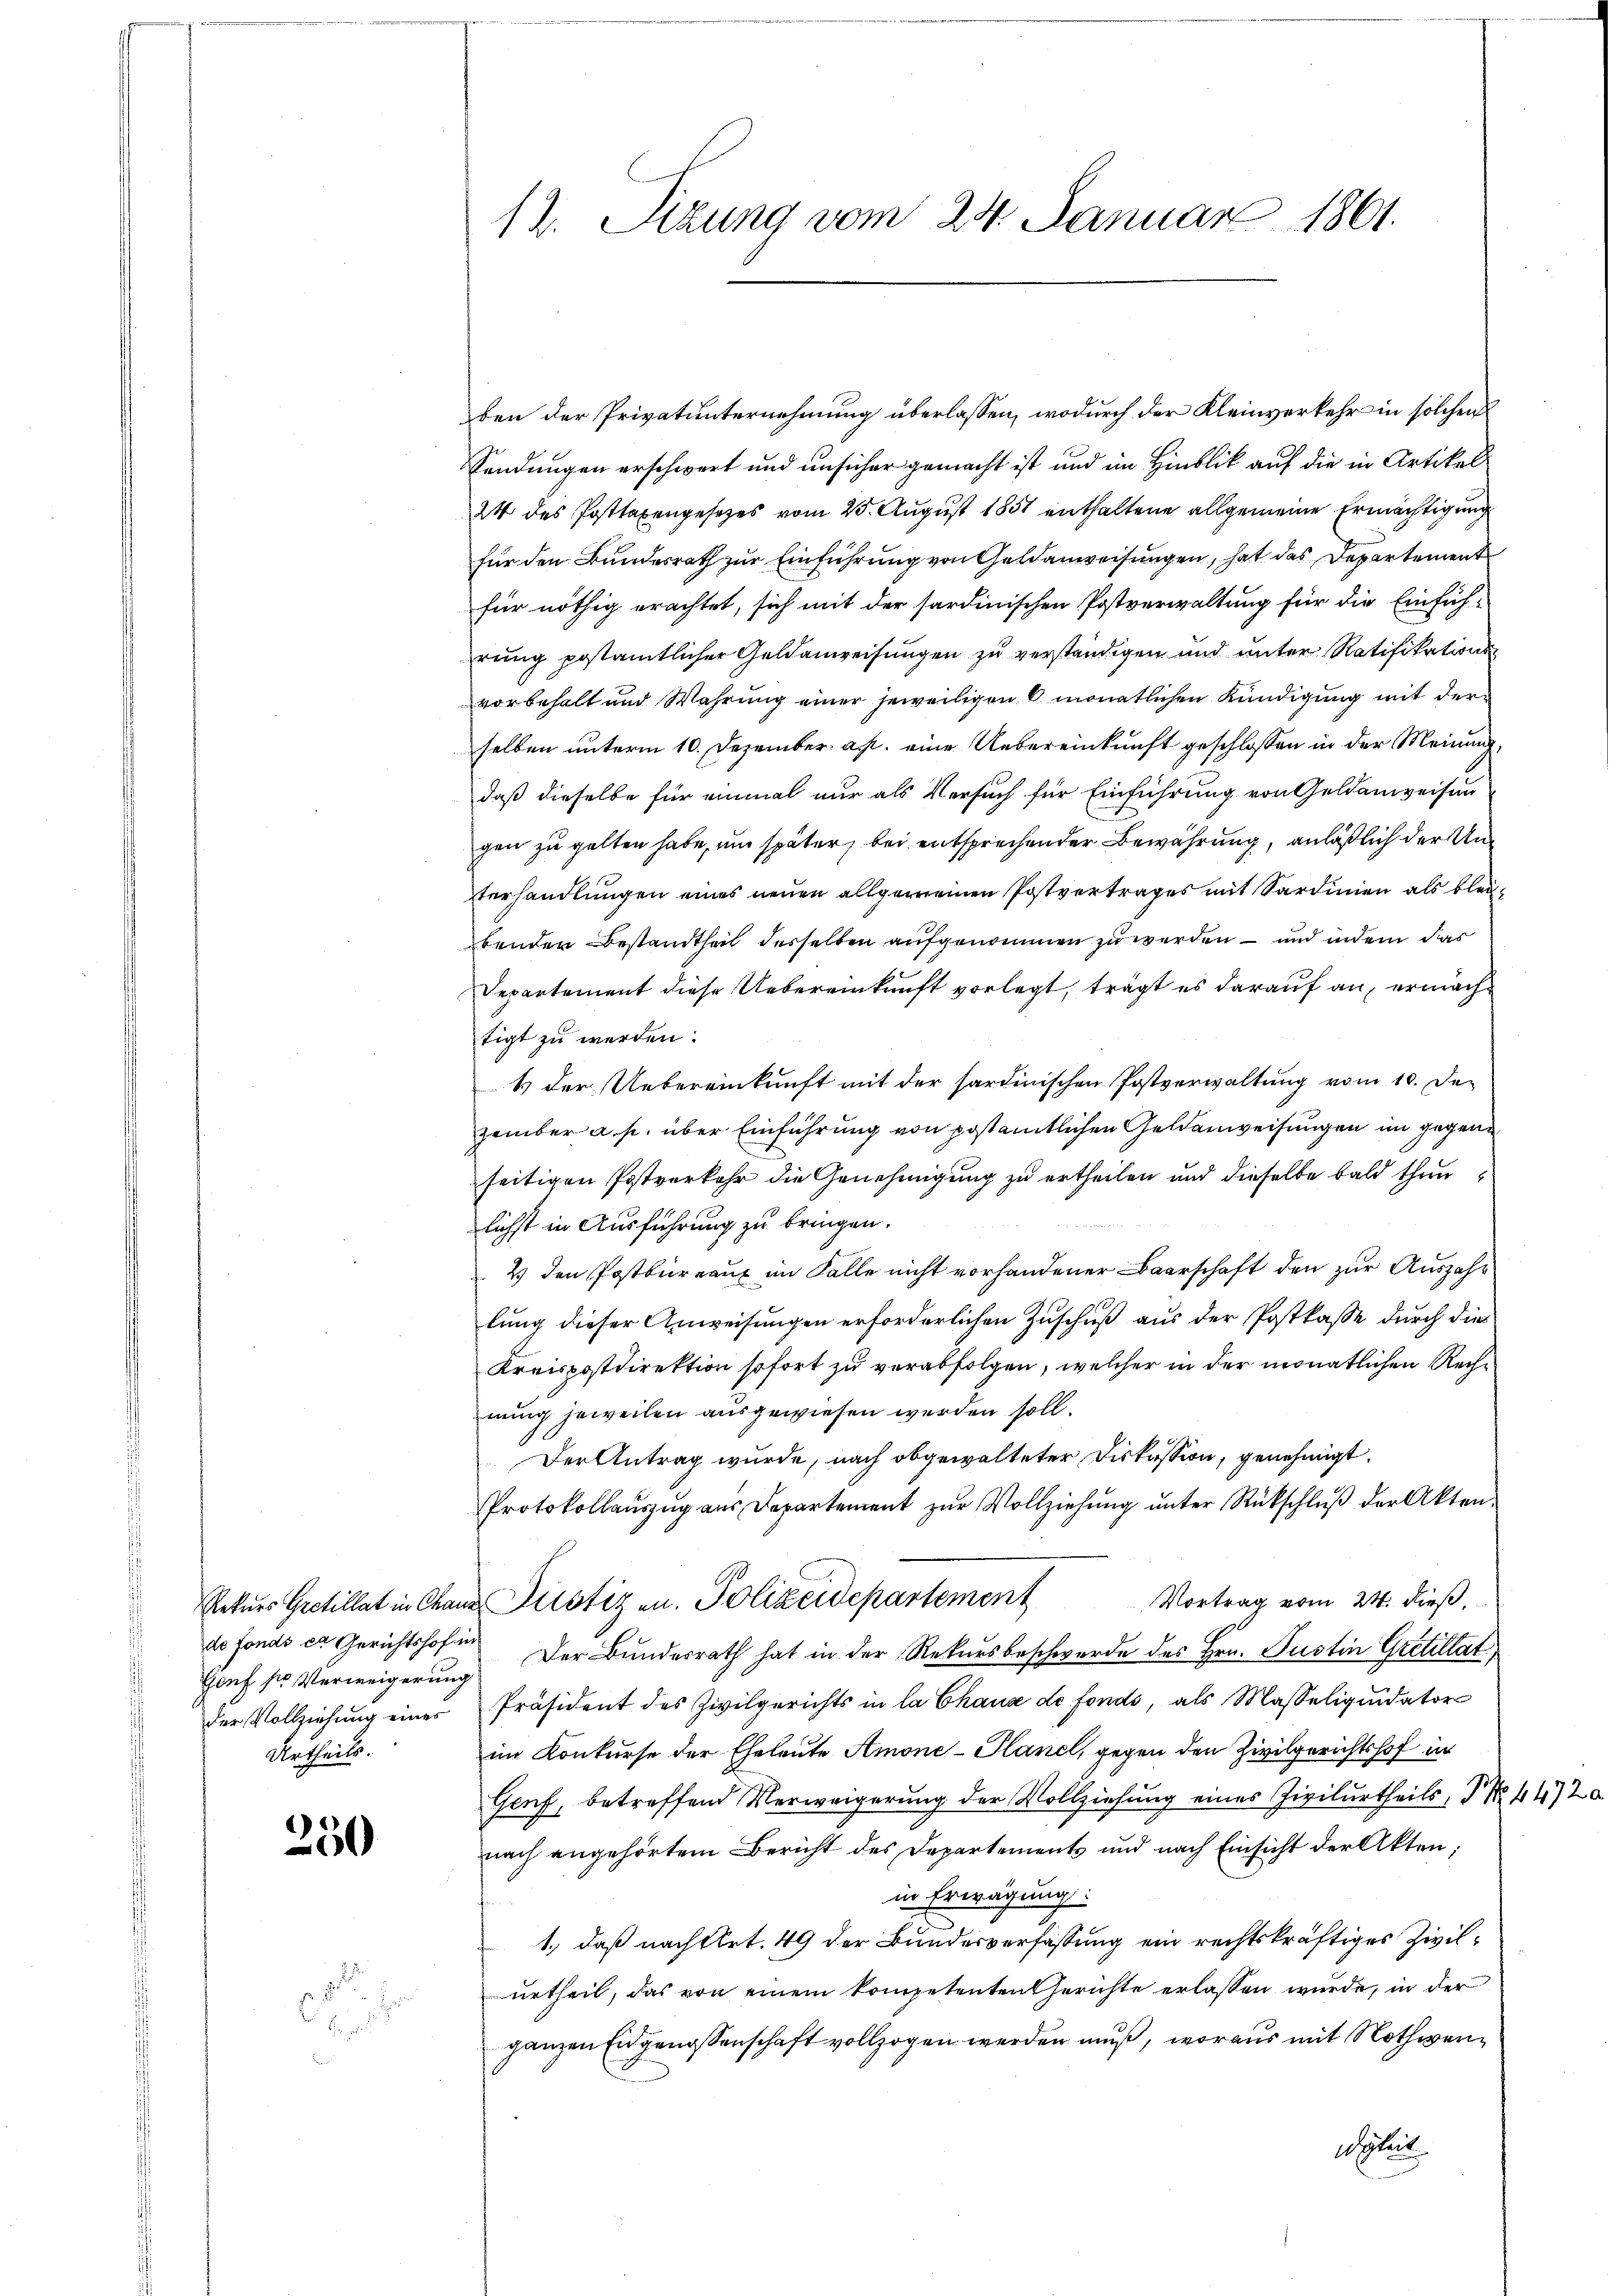
Genf sr Verweigerung
Urtheils.

250

12. Sizung vom 24. Januar 1861.

ben der Privatunternehmung überlassen, wodurch der Kleinverkehr in solchen
Sendungen erschwert und unsicher gemacht ist und im Hinblick auf die in Artikel
2t des Posttaxengesetzes vom 25. August 1851 enthaltene allgemeine Ermächtigung
für den Bundesrath zur Einführung von Geldanweisungen, hat das Departement
für nöthig erachtet, sich mit der sardinischen Postverwaltung für die Einfüh-
rŭng postamtlicher Geldanweisungen zu verständigen und unter Ratifikations
vorbehalt und Wahrung einer jeweiligen 6 monatlichen Kündigung mit der
selben unterm 10. Dezember a. p. eine Uebereinkunft geschlossen in der Meinung,
daß dieselbe für einmal nur als Versuch für Einführung von Geldanweisen
gen zu gelten habe, um später, bei entsprechender Bewahrung, anläßlich der Unterhandlungen eines neuen allgemeinen Postvertrages mit Sardinien als bleibenden Bestandtheit desselben aufgenommen zu werden – und indem das
Departement diese Uebereinkunft vorlegt, trägt es darauf an, ermächt
tigt zu werden.
4 der Uebereinkunft mit der sardinischen Postverwaltung vom 10. Dezember a. p. über Einführung von postamtlichen Geldenweisungen im gegene
seitigen Postverkehr die Genehmigung zu ertheilen und dieselbe bald thun,
lichst in Ausführung zu bringen.
2) den Postbureaux im Falle nicht vorhandener Baarschaft den zur Auszahr
lung dieser Anweisungen erforderlichen Zuschuß aus der Postkasse durch dies
Kreispostdirektion sofort zu verabfolgen, welcher in der monatlichen Rechnung jeweilen ausgewiesen werden soll.
Der Antrag wurde, nach obgewalteter Diskussion, genehmigt.
Protokollaŭszŭg aŭs Departement zŭr Vollziehŭng ŭnter Rückschlŭβ der Akten-
Vortrag vom 24. dieß,
Rekurs Gretillat in Chans Justiz an. Polizeidepartement
de fonds er Gerichtshofen. Der Bundesrath hat in der Rekursbeschwerde des Hrn. Justin Gretillat
der Vollziehŭng einer Präsident des Zivilgerichts in la Chaus de fonds, als Masseliquidator
im Konkurse der Eheleute Amone-Planel, gegen den Zivilgerichtshof in
Genf, betreffend Verweigerung der Vollziehung eines Zivilurtheils, P. Nr. 442
nach angehörtem Bericht des Departements und nach Einsicht der Akten;
in Erwägung:
1., daß nach Art. 49 der Bundesverfassung ein rechtskräftiges Zivilurtheil, das von einem kompetenten Gerichte erlassen wurde, in der
ganzen Eidgenossenschaft vollzogen werden muß, woraus mit Nothwengheit